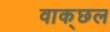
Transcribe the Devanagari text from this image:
वाक्‌छल